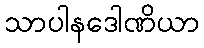
သာပါနဒေါဏိယာ